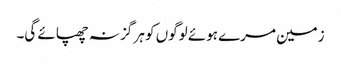
زمین مرے ہوئے لوگوں کو ہر گز نہ چھپائے گی۔